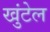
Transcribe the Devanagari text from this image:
खुंटेल